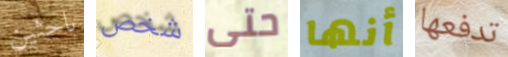
باحثين شخص حتى أنها تدفعها